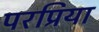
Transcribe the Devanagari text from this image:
परप्रिया